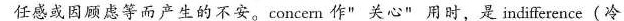
任感或因顾虑等而产生的不安。concern 作"关心" 用时，是 indifference(冷